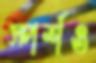
স্পর্শও